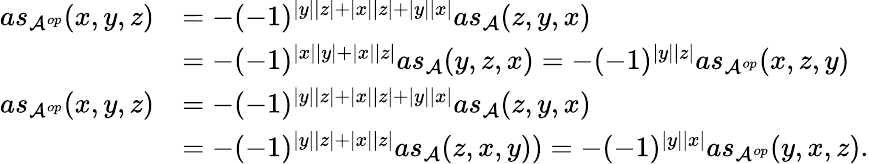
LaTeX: \begin{array}{rl}{as_{\mathcal{A}^{op}}(x,y,z)}&{=-(-1)^{|y||z|+|x||z|+|y||x|}as_{\mathcal{A}}(z,y,x)}\\ &{=-(-1)^{|x||y|+|x||z|}as_{\mathcal{A}}(y,z,x)=-(-1)^{|y||z|}as_{\mathcal{A}^{op}}(x,z,y)}\\ {as_{\mathcal{A}^{op}}(x,y,z)}&{=-(-1)^{|y||z|+|x||z|+|y||x|}as_{\mathcal{A}}(z,y,x)}\\ &{=-(-1)^{|y||z|+|x||z|}as_{\mathcal{A}}(z,x,y))=-(-1)^{|y||x|}as_{\mathcal{A}^{op}}(y,x,z).}\end{array}